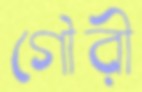
গৌরী